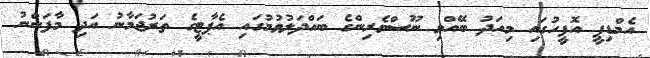
އެމްޑިޕީ އޮފީހުގައި މިއަދު ބޭއްވި ނޫސްވެރިންގެ ބައްދަލުވުމުގައި އެޕާޓީގެ ތަރުޖަމާނު އަދި މާފަންނު